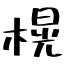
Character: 榥